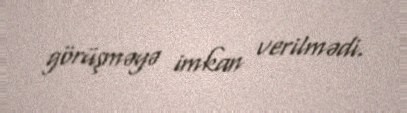
görüşməyə imkan verilmədi.